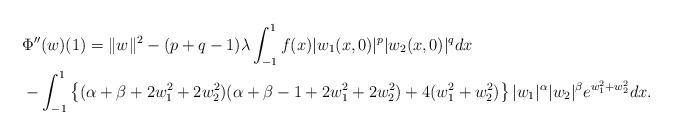
LaTeX: \begin{align*}&\Phi^{\prime\prime}(w)(1)=\|w\|^2 -(p+q-1)\lambda\int_{-1}^1f(x)|w_1(x, 0)|^p|w_2(x,0)|^q dx \\&-\int_{-1}^1 \left\{(\alpha+\beta+2w_1^2+2w_2^2)(\alpha+\beta-1+2w_1^2+2w_2^2)+4(w_1^2+w_2^2)\right\}|w_1|^\alpha|w_2|^\beta e^{w_1^2+w_2^2} dx.\end{align*}